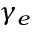
\gamma _ { e }